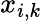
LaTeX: x_{i,k}